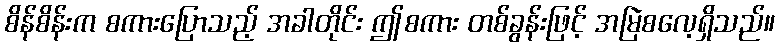
စိန်စိန်းက စကားပြောသည့် အခါတိုင်း ဤစကား တစ်ခွန်းဖြင့် အမြဲစလေ့ရှိသည်။